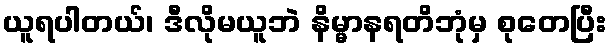
ယူရပါတယ်၊ ဒီလိုမယူဘဲ နိမ္မာနရတိဘုံမှ စုတေပြီး